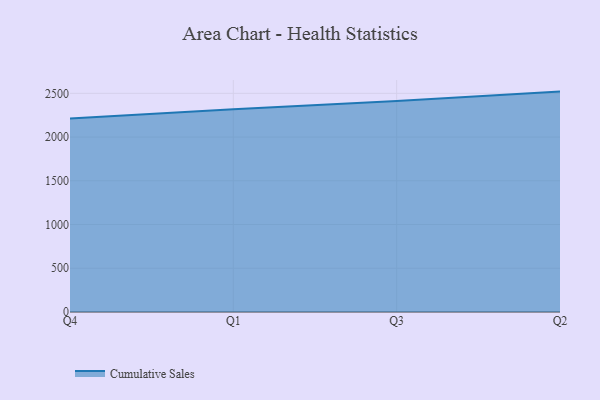
{"axis": {"x": "Quarter", "y": "Latency (ms)"}, "legend": ["Cumulative Sales"], "data": [{"x": "Q4", "y": 2211.9, "type": "Cumulative Sales"}, {"x": "Q1", "y": 2317.8, "type": "Cumulative Sales"}, {"x": "Q3", "y": 2412.2, "type": "Cumulative Sales"}, {"x": "Q2", "y": 2519.7, "type": "Cumulative Sales"}]}